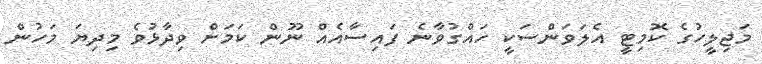
މަޖިލީހުގެ ކޮމިޓީ އެލަވަންސަކީ ހައްގުވާނެ ފައިސާއެއް ނޫން ކަމަށް ވިދާޅުވެ މިދިޔަ މަހުން